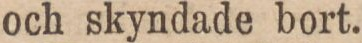
och skyndade bort.